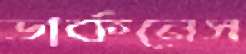
ডার্কনেস